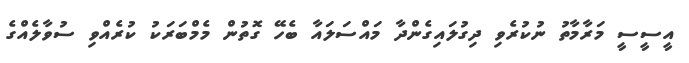
އީސީސީ މަރާމާތު ނުކުރެވި ދިގުލައިގެންދާ މައްސަލައާ ބެހޭ ގޮތުން މެމްބަރަކު ކުރެއްވި ސުވާލެއްގެ